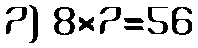
7) 8×7=56